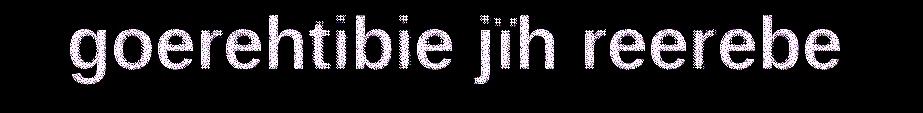
goerehtibie jïh reerebe